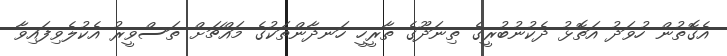
އެގޮތުން ހުވަދު އަތޮޅު ދެކުނުބުރީގެ ތިނަދޫގެ ތާރީހީ ހަނދާންތަކުގެ މައްޗަށް ތަސްވީރު އެކުލެވިފައިވާ